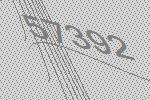
57392